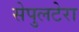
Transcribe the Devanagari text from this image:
सेपुलटेरा